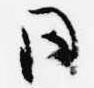
日